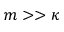
m > > \kappa